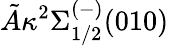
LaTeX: \tilde{A}\kappa{}^{2}\Sigma_{1/2}^{(-)}(010)